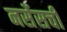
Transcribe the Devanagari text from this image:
नर्सेसची